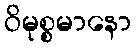
ဝိမုစ္စမာနော